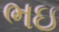
ભઇ